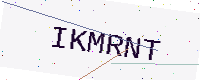
Text: IKMRNT